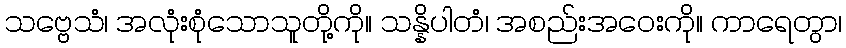
သဗ္ဗေသံ၊ အလုံးစုံသောသူတို့ကို။ သန္နိပါတံ၊ အစည်းအဝေးကို။ ကာရေတွာ၊